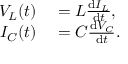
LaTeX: \begin{array} { r l } { V _ { L } ( t ) } & { { } = L { \frac { \mathrm { d } I _ { L } } { \mathrm { d } t } } , } \\ { I _ { C } ( t ) } & { { } = C { \frac { \mathrm { d } V _ { C } } { \mathrm { d } t } } . } \end{array}